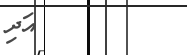
އަދި